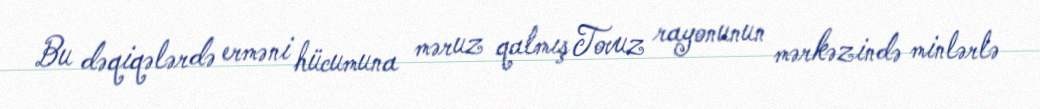
Bu dəqiqələrdə erməni hücumuna məruz qalmış Tovuz rayonunun mərkəzində minlərlə